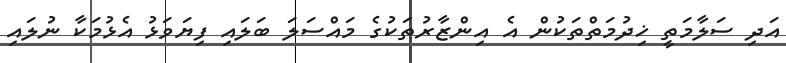
އަދި ސަލާމަތީ ޚިދުމަތްތަކުން އެ އިންޒާރުތަކުގެ މައްސަލަ ބަލައި ފިޔަވަޅު އެޅުމަކާ ނުލައި